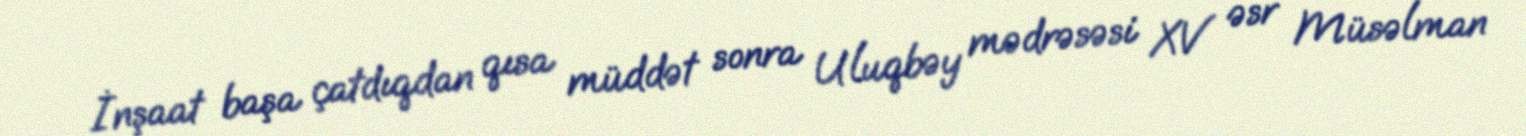
İnşaat başa çatdıqdan qısa müddət sonra Uluqbəy mədrəsəsi XV əsr Müsəlman